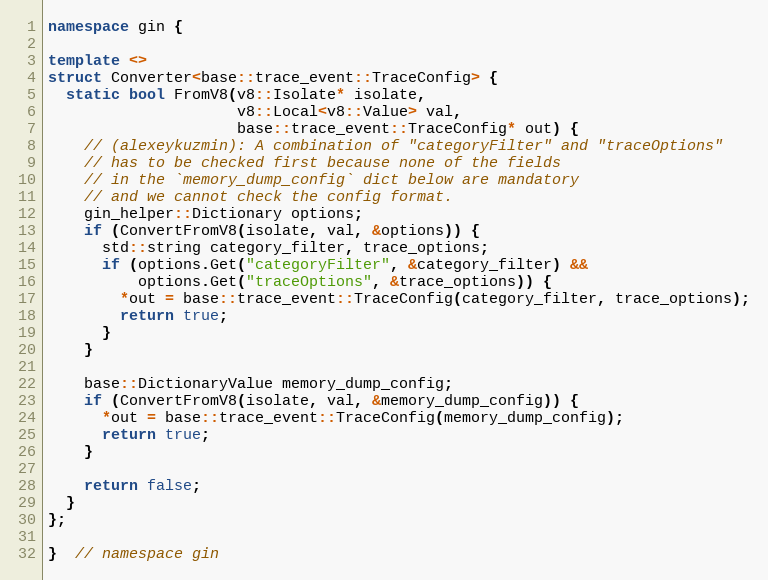
Language: C++
namespace gin {

template <>
struct Converter<base::trace_event::TraceConfig> {
  static bool FromV8(v8::Isolate* isolate,
                     v8::Local<v8::Value> val,
                     base::trace_event::TraceConfig* out) {
    // (alexeykuzmin): A combination of "categoryFilter" and "traceOptions"
    // has to be checked first because none of the fields
    // in the `memory_dump_config` dict below are mandatory
    // and we cannot check the config format.
    gin_helper::Dictionary options;
    if (ConvertFromV8(isolate, val, &options)) {
      std::string category_filter, trace_options;
      if (options.Get("categoryFilter", &category_filter) &&
          options.Get("traceOptions", &trace_options)) {
        *out = base::trace_event::TraceConfig(category_filter, trace_options);
        return true;
      }
    }

    base::DictionaryValue memory_dump_config;
    if (ConvertFromV8(isolate, val, &memory_dump_config)) {
      *out = base::trace_event::TraceConfig(memory_dump_config);
      return true;
    }

    return false;
  }
};

}  // namespace gin